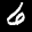
Label: 6